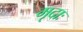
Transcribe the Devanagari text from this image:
मृदाः